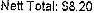
NETT TOTAL: $8.20